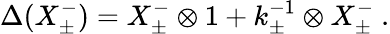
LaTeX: \Delta(X_{\pm}^{-})=X_{\pm}^{-}\otimes 1+k_{\pm}^{-1}\otimes X_{\pm}^{-}~.